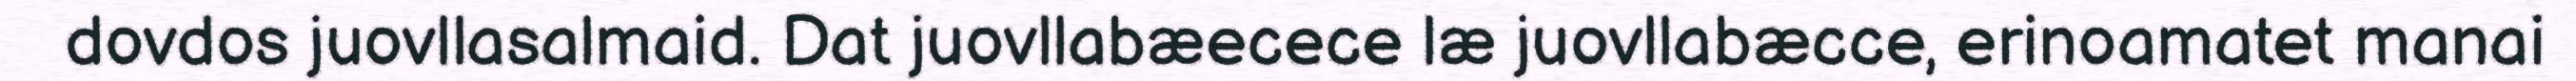
dovdos juovllasalmaid. Dat juovllabæecece læ juovllabæcce, erinoamatet manai